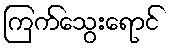
ကြက်သွေးရောင်